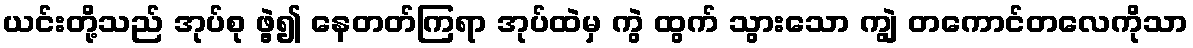
ယင်းတို့သည် အုပ်စု ဖွဲ့၍ နေတတ်ကြရာ အုပ်ထဲမှ ကွဲ ထွက် သွားသော ကျွဲ တကောင်တလေကိုသာ